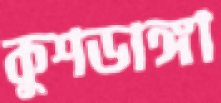
কুশডাঙ্গা